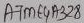
Text: ATMEGA328